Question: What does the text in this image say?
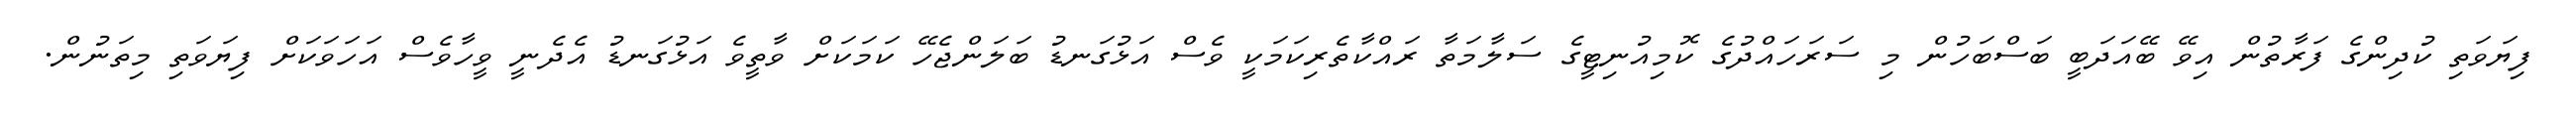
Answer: ފިޔަވަތި ކުދިންގެ ފަރާތުން އިވޭ ބޭއަދަބީ ބަސްބަހުން މި ސަރަހައްދުގެ ކޮމިއުނިޓީގެ ސަލާމަތާ ރައްކާތެރިކަމަކީ ވެސް އަޅުގަނޑު ބަލަންޖެހޭ ކަމަކަށް ވާތީވެ އަޅުގަނޑު އެދެނީ ވީހާވެސް އަހަވަކަށް ފިޔަވަތި މިތަނުން.